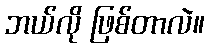
ဘယ်လို ဖြစ်တာလဲ။